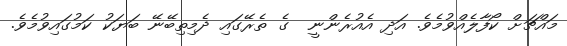
މައްޗަށް ކޯފާލެއްވުމެވެ. އަދި އެއުރެންނީ  ގެ ތެރޭގައި ދެމިތިބޭނޭ ބަޔަކު ކަމުގައިވުމެވެ.